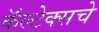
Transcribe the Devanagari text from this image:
कॅल्टेक्सचे